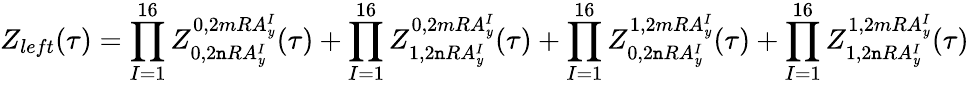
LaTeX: Z_{left}(\tau)=\prod_{I=1}^{16}Z_{0,2\mathtt{n}RA_{\mathit{y}}^{I}}^{0,2mRA_{\mathit{y}}^{I}}(\tau)+\prod_{I=1}^{16}Z_{1,2\mathtt{n}RA_{\mathit{y}}^{I}}^{0,2mRA_{\mathit{y}}^{I}}(\tau)+\prod_{I=1}^{16}Z_{0,2\mathtt{n}RA_{\mathit{y}}^{I}}^{1,2mRA_{\mathit{y}}^{I}}(\tau)+\prod_{I=1}^{16}Z_{1,2\mathtt{n}RA_{\mathit{y}}^{I}}^{1,2mRA_{\mathit{y}}^{I}}(\tau)